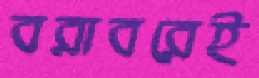
বরাবরেই